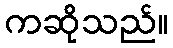
ကဆိုသည်။